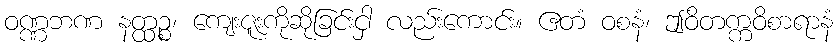
ဝဏ္ဏဘဏ နတ္ထဉ္စ၊ ကျေးဇူးကိုဆိုခြင်းငှါ လည်းကောင်း။ ဧတံ ဝစနံ၊ ဤဝိတက္ကဝိစာရာနံ